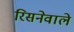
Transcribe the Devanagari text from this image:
रिसनेवाले